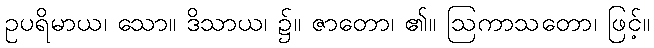
ဥပရိမာယ၊ သော။ ဒိသာယ၊ ၌။ ဇာတော၊ ၏။ ဩကာသတော၊ ဖြင့်။